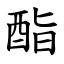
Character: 酯